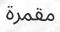
مقمرة